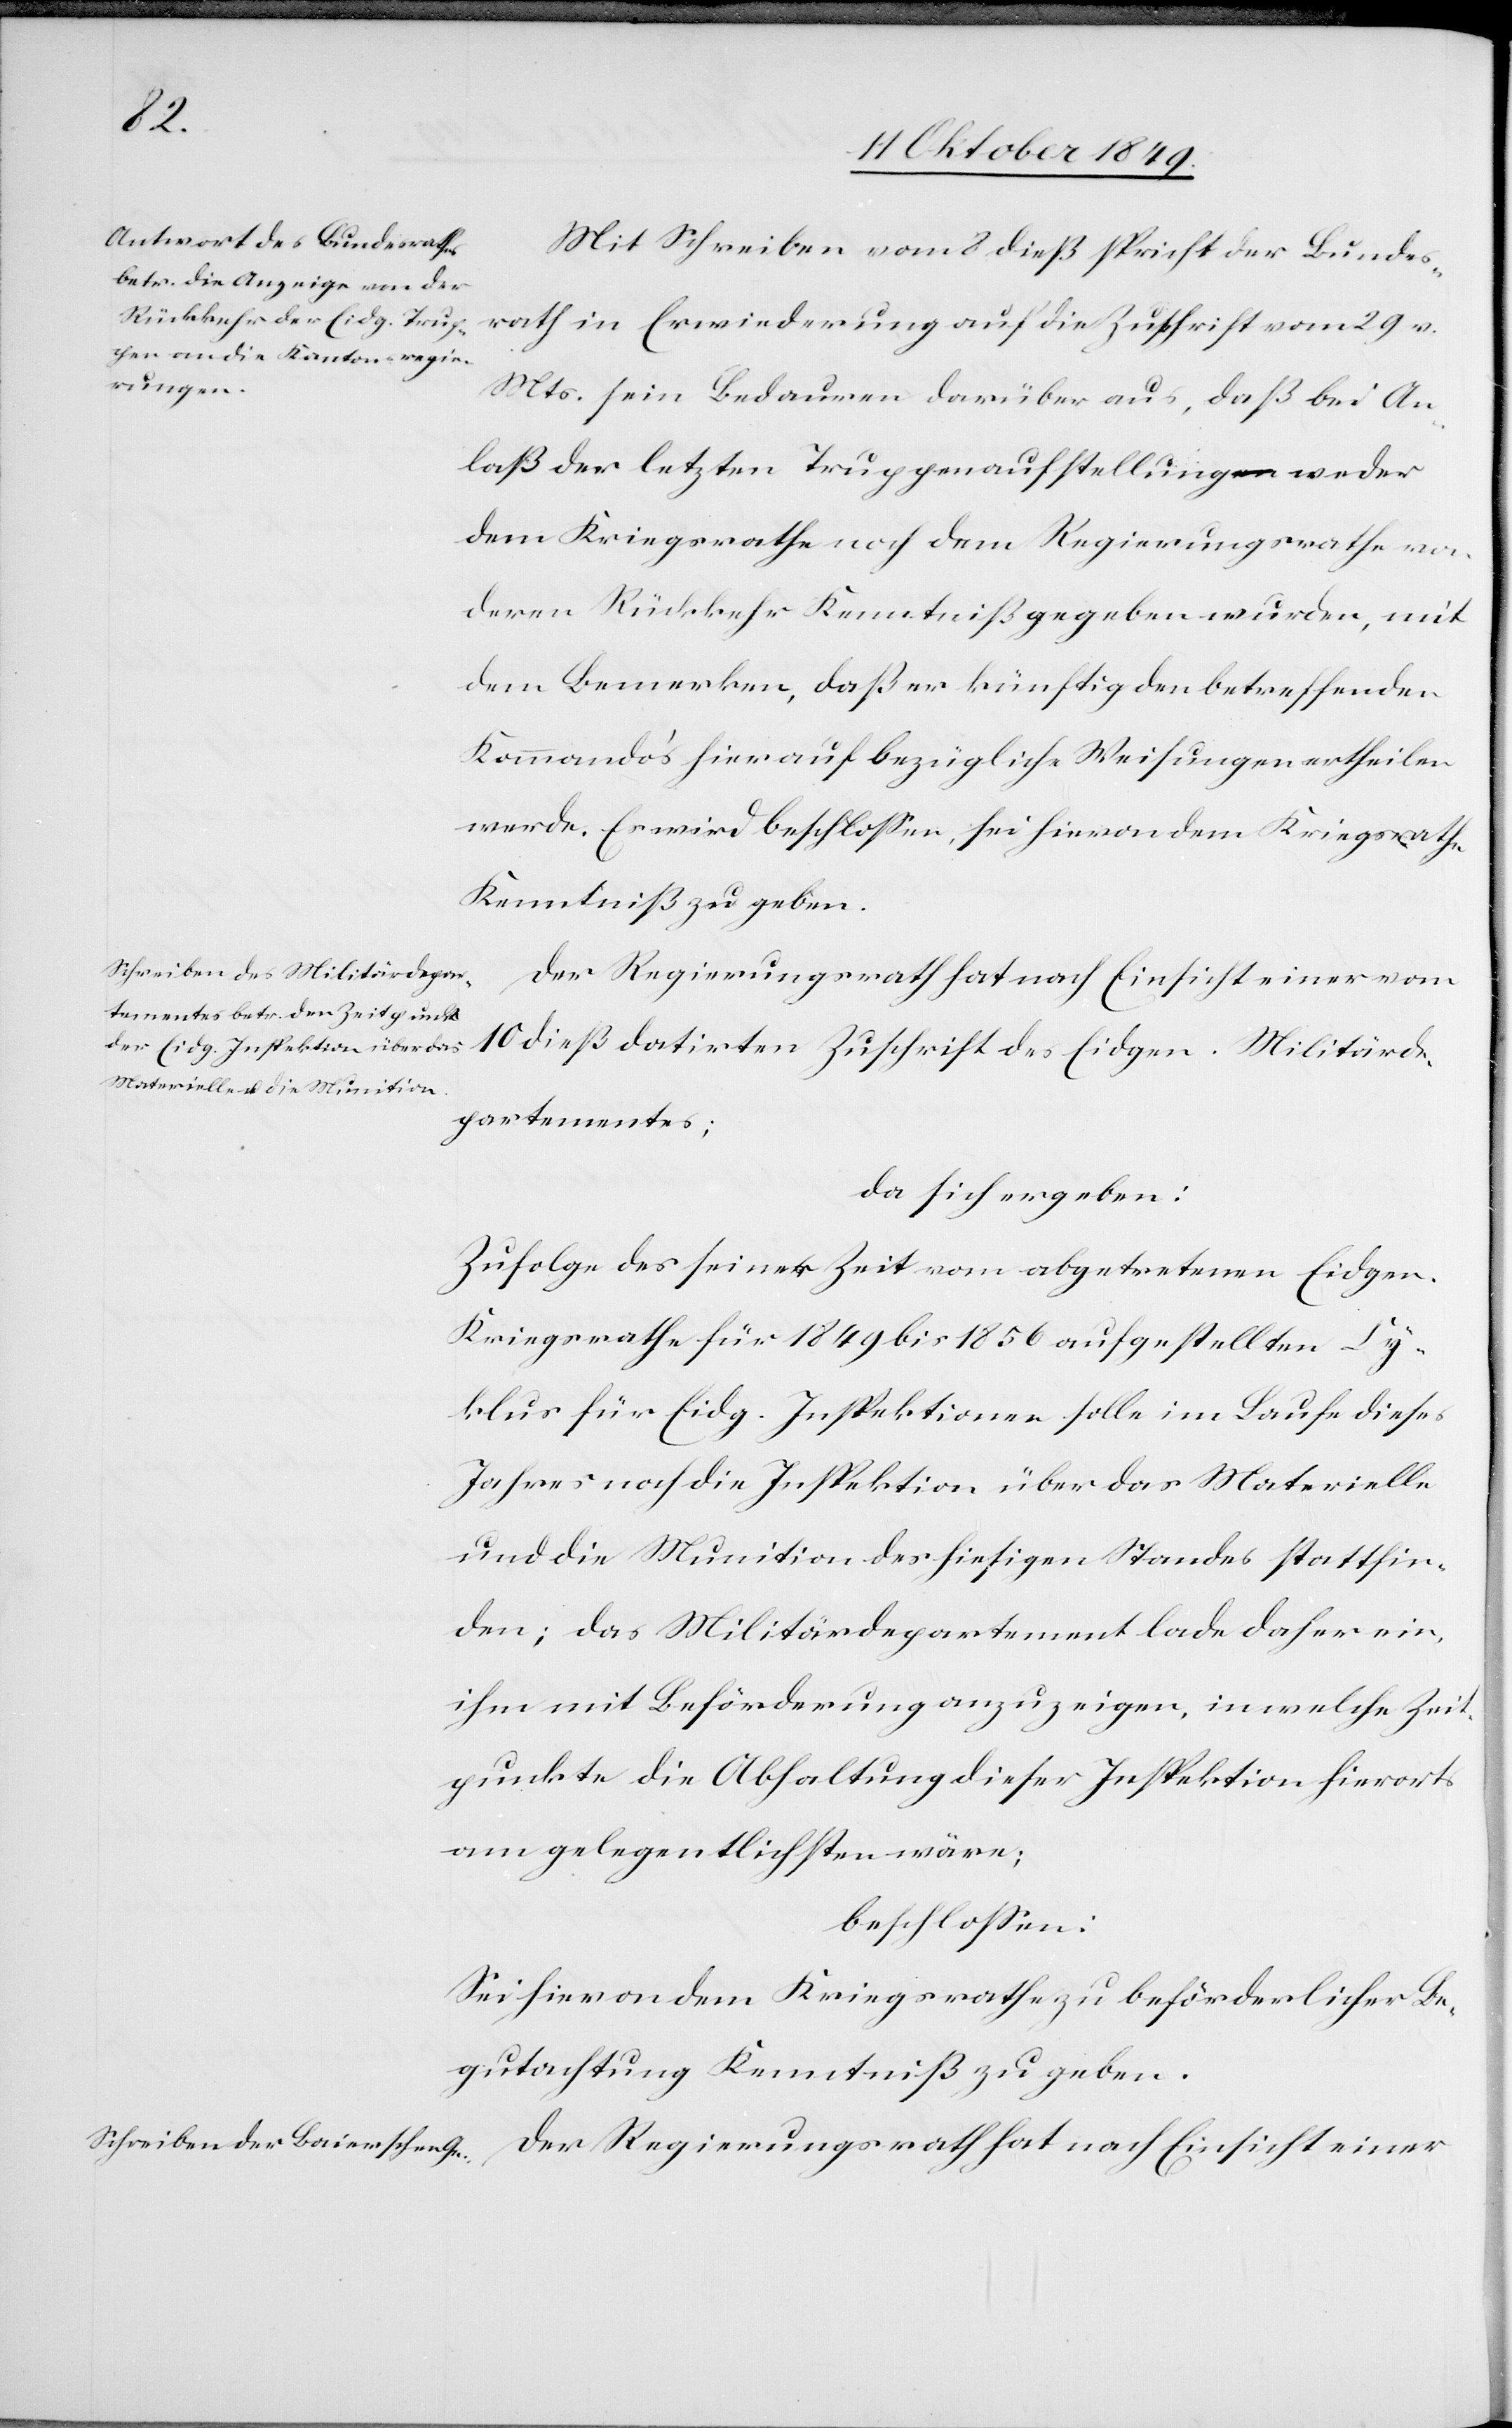
Mit Schreiben vom 8 dieß spricht der Bundes¬
rath in Erwiederung auf die Zuschrift vom 29 v.
Mts. sein Bedauern darüber aus, daß bei An¬
laß der letzten Truppenaufstellung weder
dem Kriegsrathe noch dem Regierungsrathe von
deren Rückkehr Kenntniß gegeben wurden, mit
dem Bemerken, daß er künftig den betreffenden
Kommando’s hierauf bezüglich Weisungen ertheilen
werde. Es wird beschloßen, sei hievon dem Kriegsrath
Kenntniß zu geben.
Der Regierungsrath hat nach Einsicht einer
10 dieß datirten Zuschrift des Eidgen. Militärde¬
partementes;
da sich ergeben:
Zufolge des seiner Zeit vom abgetretenen Eidgen.
Kriegsrathe für 1849 bis 1856 aufgestellten Cy¬
klus für Eidg. Inspektionen solle im Laufe dieses
Jahres noch die Inspektion über das Materielle
und die Munition des hiesigen Standes stattfin¬
den; das Militärdepartement lade daher ein,
ihm die Beförderung anzuzeigen, in welche Zeit¬
punkte die Abhaltung dieser Inspektion hierorts
am gelegentlichsten wäre;
beschloßen:
Sei hievon dem Kriegsrathe zu beförderlicher Be¬
gutachtung Kenntniß zu geben.